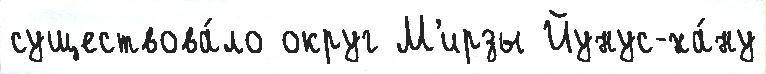
существова́ло округ М'ирзы Йунус-ха́ну